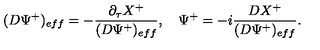
( D \Psi ^ { + } ) _ { e f f } = - { \frac { \partial _ { \tau } X ^ { + } } { ( D \Psi ^ { + } ) _ { e f f } } } , \quad \Psi ^ { + } = - i { \frac { D X ^ { + } } { ( D \Psi ^ { + } ) _ { e f f } } } .